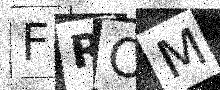
Text: FROM